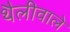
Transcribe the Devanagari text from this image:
थैलीवाले